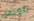
للوطن